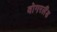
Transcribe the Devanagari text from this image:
वोगरलैंड